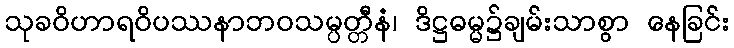
သုခဝိဟာရဝိပဿနာဘဝသမ္ပတ္တီနံ၊ ဒိဋ္ဌဓမ္မ၌ချမ်းသာစွာ နေခြင်း